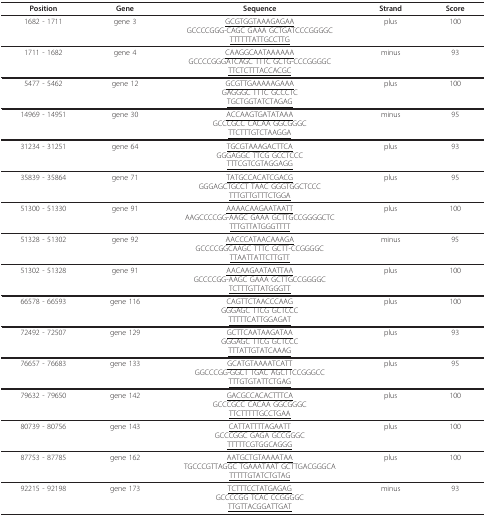
<table><thead><tr><td><b>Position</b></td><td><b>Gene</b></td><td><b>Sequence</b></td><td><b>Strand</b></td><td><b>Score</b></td></tr></thead><tbody><tr><td>1682 - 1711</td><td>gene 3</td><td><underline>GCGTGGTAAAGAGAA</underline>GCCCCGGG-CAGC GAAA GCTGATCCCGGGGC<underline>TTTTTTATTGCCTTG</underline></td><td>plus</td><td>100</td></tr><tr><td>1711 - 1682</td><td>gene 4</td><td><underline>CAAGGCAATAAAAAA</underline>GCCCCGGGATCAGC TTTC GCTG-CCCGGGGC<underline>TTCTCTTTACCACGC</underline></td><td>minus</td><td>93</td></tr><tr><td>5477 - 5462</td><td>gene 12</td><td><underline>GCGTTGAAAAAGAAA</underline>GAGGGC TTTC GCCCTC<underline>TGCTGGTATCTAGAG</underline></td><td>plus</td><td>100</td></tr><tr><td>14969 - 14951</td><td>gene 30</td><td><underline>ACCAAGTGATATAAA</underline>GCCCGCC CACAA GGCGGGC<underline>TTCTTTGTCTAAGGA</underline></td><td>minus</td><td>95</td></tr><tr><td>31234 - 31251</td><td>gene 64</td><td><underline>TGCGTAAAGACTTCA</underline>GGGAGGC TTCG GCCTCCC<underline>TTTCGTCGTAGGAGG</underline></td><td>plus</td><td>93</td></tr><tr><td>35839 - 35864</td><td>gene 71</td><td><underline>TATGCCACATCGACG</underline>GGGAGCTGCCT TAAC GGGTGGCTCCC<underline>TTTGTTGTTTCTGGA</underline></td><td>plus</td><td>95</td></tr><tr><td>51300 - 51330</td><td>gene 91</td><td><underline>AAAACAAGAATAATT</underline>AAGCCCCGG-AAGC GAAA GCTTGCCGGGGCTC<underline>TTTGTTATGGGTTTT</underline></td><td>plus</td><td>100</td></tr><tr><td>51328 - 51302</td><td>gene 92</td><td><underline>AACCCATAACAAAGA</underline>GCCCCGGCAAGC TTTC GCTT-CCGGGGC<underline>TTAATTATTCTTGTT</underline></td><td>minus</td><td>95</td></tr><tr><td>51302 - 51328</td><td>gene 91</td><td><underline>AACAAGAATAATTAA</underline>GCCCCGG-AAGC GAAA GCTTGCCGGGGC<underline>TCTTTGTTATGGGTT</underline></td><td>plus</td><td>100</td></tr><tr><td>66578 - 66593</td><td>gene 116</td><td><underline>CAGTTCTAACCCAAG</underline>GGGAGC TTCG GCTCCC<underline>TTTTTCATTGGAGAT</underline></td><td>plus</td><td>100</td></tr><tr><td>72492 - 72507</td><td>gene 129</td><td><underline>GCTTCAATAAGATAA</underline>GGGAGC TTCG GCTCCC<underline>TTTATTGTATCAAAG</underline></td><td>plus</td><td>93</td></tr><tr><td>76657 - 76683</td><td>gene 133</td><td><underline>GCATGTAAAATCATT</underline>GGCCCGG-GGCT TGAC AGCTTCCGGGCC<underline>TTTGTGTATTCTGAG</underline></td><td>plus</td><td>95</td></tr><tr><td>79632 - 79650</td><td>gene 142</td><td><underline>GACGCCACACTTTCA</underline>GCCCGCC CACAA GGCGGGC<underline>TTCTTTTTGCCTGAA</underline></td><td>plus</td><td>100</td></tr><tr><td>80739 - 80756</td><td>gene 143</td><td><underline>CATTATTTTAGAATT</underline>GCCCGGC GAGA GCCGGGC<underline>TTTTTCGTGGCAGGG</underline></td><td>plus</td><td>100</td></tr><tr><td>87753 - 87785</td><td>gene 162</td><td><underline>AATGCTGTAAAATAA</underline>TGCCCGTTAGGC TGAAATAAT GCTTGACGGGCA<underline>TTTTTGTATCTGTAG</underline></td><td>plus</td><td>100</td></tr><tr><td>92215 - 92198</td><td>gene 173</td><td><underline>TCTTTCCTATGAGAG</underline>GCCCCGG TCAC CCGGGGC<underline>TTGTTACGGATTGAT</underline></td><td>minus</td><td>93</td></tr></tbody></table>